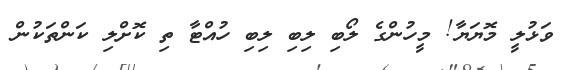
ވަޅުލީ މޮޔަޔާ! މީހުންގެ ލޯބި ލިބި ލިބި ހުއްޓާ ތި ކޮށްލި ކަންތަކުން